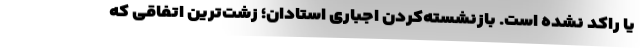
یا راکد نشده است. بازنشسته‌کردن اجباری استادان؛ زشت‌ترین اتفاقی که